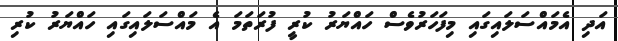
އަދި އެމައްސަލައިގައި މިފަހަރުވެސް ހައްޔަރު ކުރީ ފުރަތަމަ އެ މައްސަލައިގައި ހައްޔަރު ކުރި